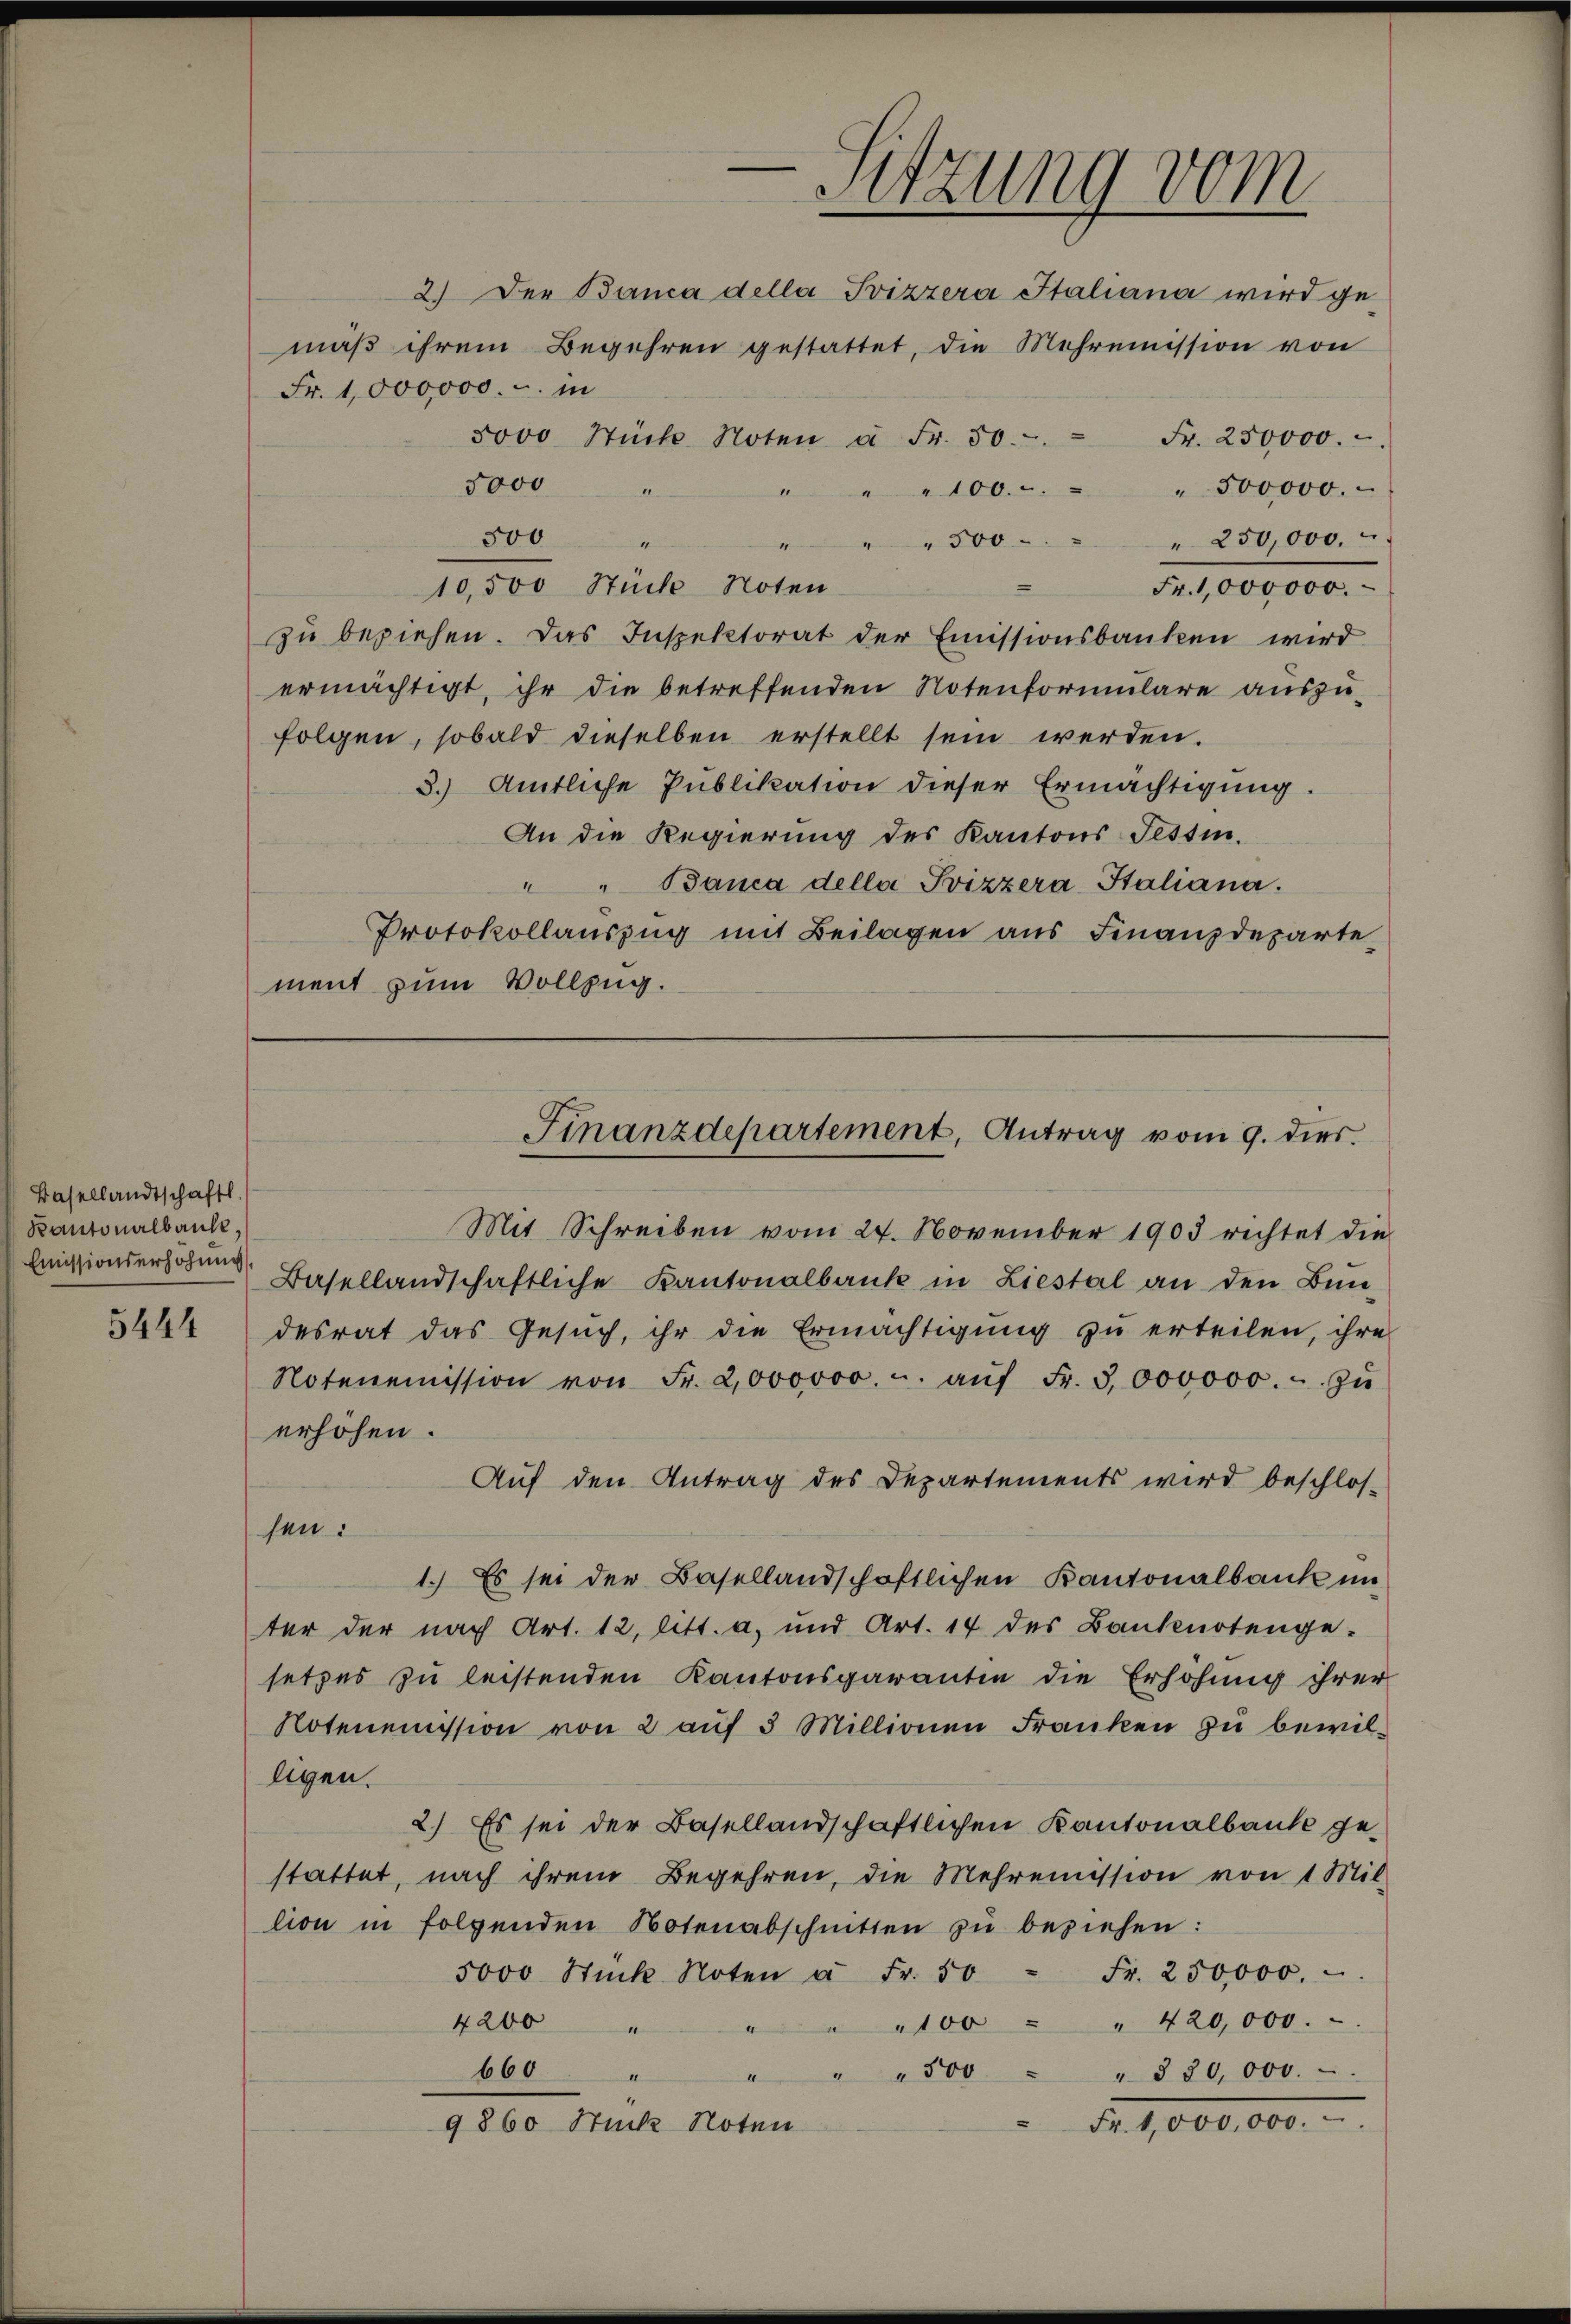
Basellandtschaftl
Kantonalbanke.
Emissionserhöhung

5444

2.) Der Banca della Svizzera Italiana wird gemäβ ihrem Begehren gestattet, die Mehrenission von
Fr. 1,000,000.- in
5000 Stück Noten u. Fr. 50.  Fr. 250000.
5000 "
" " 100.-. " " 500000.
500 "
" " 500 " " 250,000.
10,500 Stücke Noten
Fr. 1,000000.
zŭ beziehen. Das Inspektorat der Emissionsbanken wird
ermächtigt, ihr die betreffenden Notenformulare auszufolgen, sobald dieselben erstellt sein werden.
3. Amtliche Publikation dieser Ermächtigung.
An die Regierung des Kantons Tessin.
" " Banca della Svizzera Italiana.
Protokollauszug mit Beilagen aus Finanzdeparte
ment zum Vollzug.

Sitzung vom

Finanzdepartement, Antrag vom 9. dies

Mit Schreiben vom 24. November 1903 rechtet die
Basellandschaftliche Kantonalbank in Liestal an den Bun-
desrat das Gesuch, ihr die Ermächtigung zu erteilen, ihre
Notenemission von Fr. 2000000 u. aŭf Fr. 3000000.- zŭ
erhöhen.
Auf den Antrag des Departements wird beschlos-
sen:
1.) Es sei der Basellandschaftlichen Kantonalbank un
ter der nach Art. 12, litt. a. und Art. 14 des Banknotenge-
setzes zu leistenden Kantonsgarantin die Erhöhung ihrer
Notenemission von 2 auf 5 Millionen Franken zu bewilligen.
2.) Es sei der Basellandschaftlichen Kantonalbaute gestattet, nach ihrem Begehren, die Mehrenission von 1 Mil
lion in folgenden Notenabschnitten zŭ beziehen:
5000 Stück Noten à Fr. 50 Fr. 250,000.
100 " " 420,000.
4200 "
660
" " 500 " " 330,000.
I
1
Nr. 1,000,000.
9860 Stück Noten